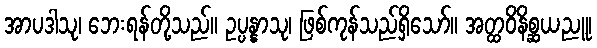
အာပဒါသု၊ ဘေးရန်တို့သည်။ ဥပ္ပန္နာသု၊ ဖြစ်ကုန်သည်ရှိသော်။ အတ္ထဝိနိစ္ဆယညူ၊